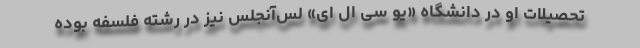
تحصیلات او در دانشگاه «یو‌ سی ال ای» لُس‌آنجلس نیز در رشته فلسفه بوده